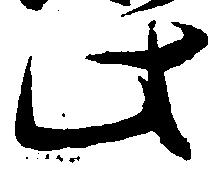
此